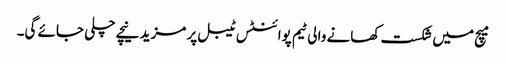
میچ میں شکست کھانے والی ٹیم پوائنٹس ٹیبل پر مزید نیچے چلی جائے گی۔